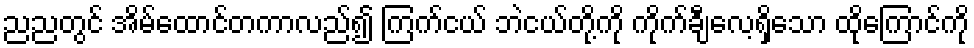
ညညတွင် အိမ်ထောင်တကာလည်၍ ကြက်ငယ် ဘဲငယ်တို့ကို ကိုက်ချီလေ့ရှိသော ထိုကြောင်ကို